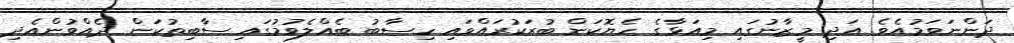
ދަންނަވަމުއެވެ. އަދި މީޒާނުގައި މިއަޅާގެ ހެޔޮކަން ބުރަކުރައްވައި ހިސާބު ބެއްލެވުމުގައި ސާބިތުކަން ދެއްވުންއެދި